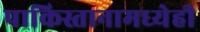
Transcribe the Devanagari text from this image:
पाकिस्तानामध्येही